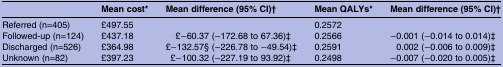
|  | Mean cost* | Mean difference (95% CI)† | Mean QALYs* | Mean difference (95% CI)† |
 | --- | --- | --- | --- | --- |
 | Referred (n=405) | £497.55 |  | 0.2572 |  |
 | Followed-up (n=124) | £437.18 | £−60.37 (−172.68 to 67.36)‡ | 0.2566 | −0.001 (−0.014 to 0.014)‡ |
 | Discharged (n=526) | £364.98 | £−132.57§ (−226.78 to −49.54)‡ | 0.2591 | 0.002 (−0.006 to 0.009)‡ |
 | Unknown (n=82) | £397.23 | £−100.32 (−227.19 to 93.92)‡ | 0.2498 | −0.007 (−0.020 to 0.005)‡ |